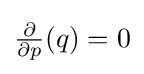
{\textstyle {\frac {\partial }{\partial p}}(q)=0}